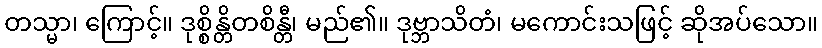
တသ္မာ၊ ကြောင့်။ ဒုစ္စိန္တိတစိန္တီ၊ မည်၏။ ဒုဗ္ဘာသိတံ၊ မကောင်းသဖြင့် ဆိုအပ်သော။